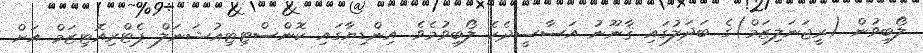
ލޯބިވުން (ރީޖަނަލިޒަމް)ގެ ބަދަލުގައި ޤާނޫނު އަސާސީދެކެ ލޯބިވުމެވެ. އިންޑިޔާގައި ކޮންސްޓިޓިއުޝަނަލް ޕެޓްރިއޮޓިޒަމް އަށް